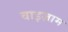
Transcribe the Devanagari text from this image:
वाइज़ाम